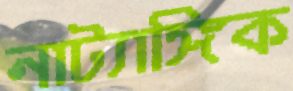
নাট্যাঙ্গিক